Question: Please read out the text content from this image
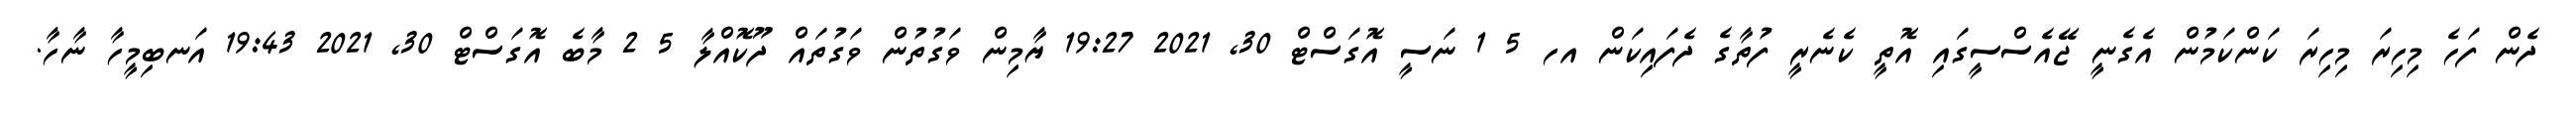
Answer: ދެން ފަހެ މިހިރަ މިހިރަ ކަންކަމުން އެގެނީ ޖޭއެސްސީގައި އޮތީ ކެނެރީ ފުތާގެ ދެފައިކަން އހ 5 1 ނަސީ އޮގަސްޓް 30, 2021 19:27 ޔާމިން ވަގުތުން ވަގުތައް ދޫކޮއްލާ 5 2 މާބެ އޮގަސްޓް 30, 2021 19:43 އަނބިމީހާ ނާހާ.